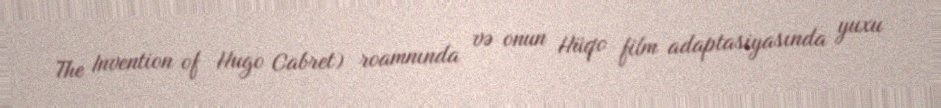
The Invention of Hugo Cabret) roamnında və onun Hüqo film adaptasiyasında yuxu